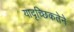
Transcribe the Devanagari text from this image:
यादृच्छिकतेने